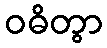
ဝဓိတွာ